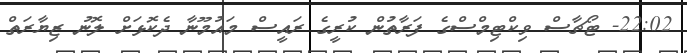
22:02- ޓޯޗާސް ވިކްޓިމްސްގެ ފަރާތުން ކުރީގެ ރައީސް މައުމޫނާ ދެކޮޅަށް ލޮނު ޒިޔާރަތް